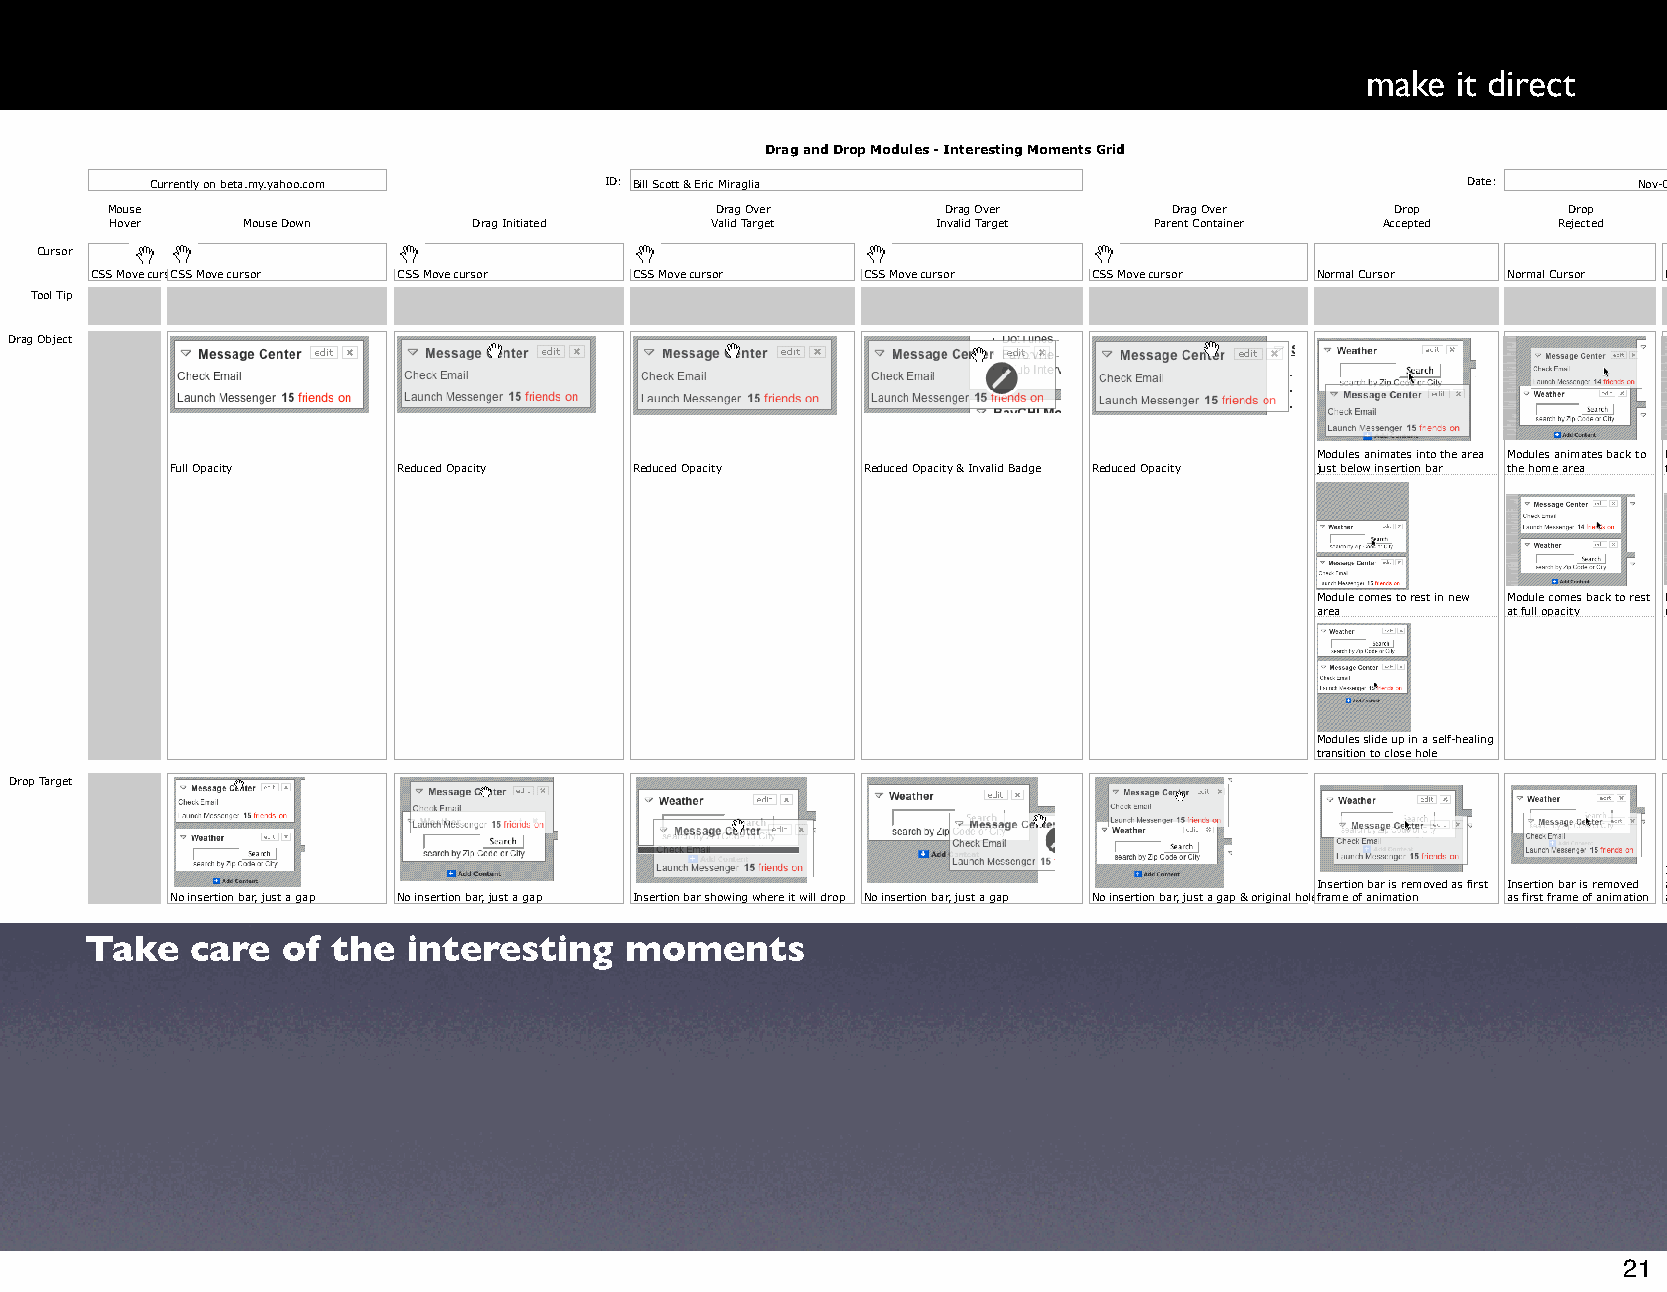
make  it direct
 Drag and Drop Modules - Interesting Moments Grid
 Currently on beta.my.yahoo.com ID: Bill Scott & Eric Miraglia                          Date:      Nov-05
 Mouse                                   Drag Over       Drag Over      Drag Over     Drop        Drop     Drop On
 Hover    Mouse Down     Drag Initiated  Valid Target   Invalid Target Parent Container Accepted Rejected Parent Container
 Cursor
 CSS Move cursoCrSS Move cursor CSS Move cursor CSS Move cursor CSS Move cursor CSS Move cursor Normal Cursor Normal Cursor Normal Cursor
 Tool Tip
 Drag Object
 Modules animates into the area Modules animates back to Modules animates back to
 Full Opacity   Reduced Opacity Reduced Opacity Reduced Opacity & Invalid Badge Reduced Opacity just below insertion bar the home area the home area
 Module comes to rest in new Module comes back to rest Modules comes back to
 area         at full opacity rest at full opacity
 Modules slide up in a self-healing
 transition to close hole
 Drop Target
 Insertion bar is removed
 Insertion bar is removed as first Insertion bar is removed as first frame of
 No insertion bar, just a gap No insertion bar, just a gap Insertion bar showing where it will drop No insertion bar, just a gap No insertion bar, just a gap & original holeframe of animation as first frame of animation animation
 Take   care  of the  interesting   moments
 21